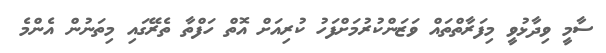
ސާމީ ވިދާޅުވީ މިފަރާތްތައް ވަޒަންކުރުމަށްފަހު ކުރިއަށް އޮތް ހަފްތާ ތެރޭގައި މިތަނުން އެންމެ